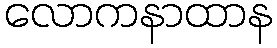
လောကနာထာန